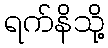
ရက်နိသို့